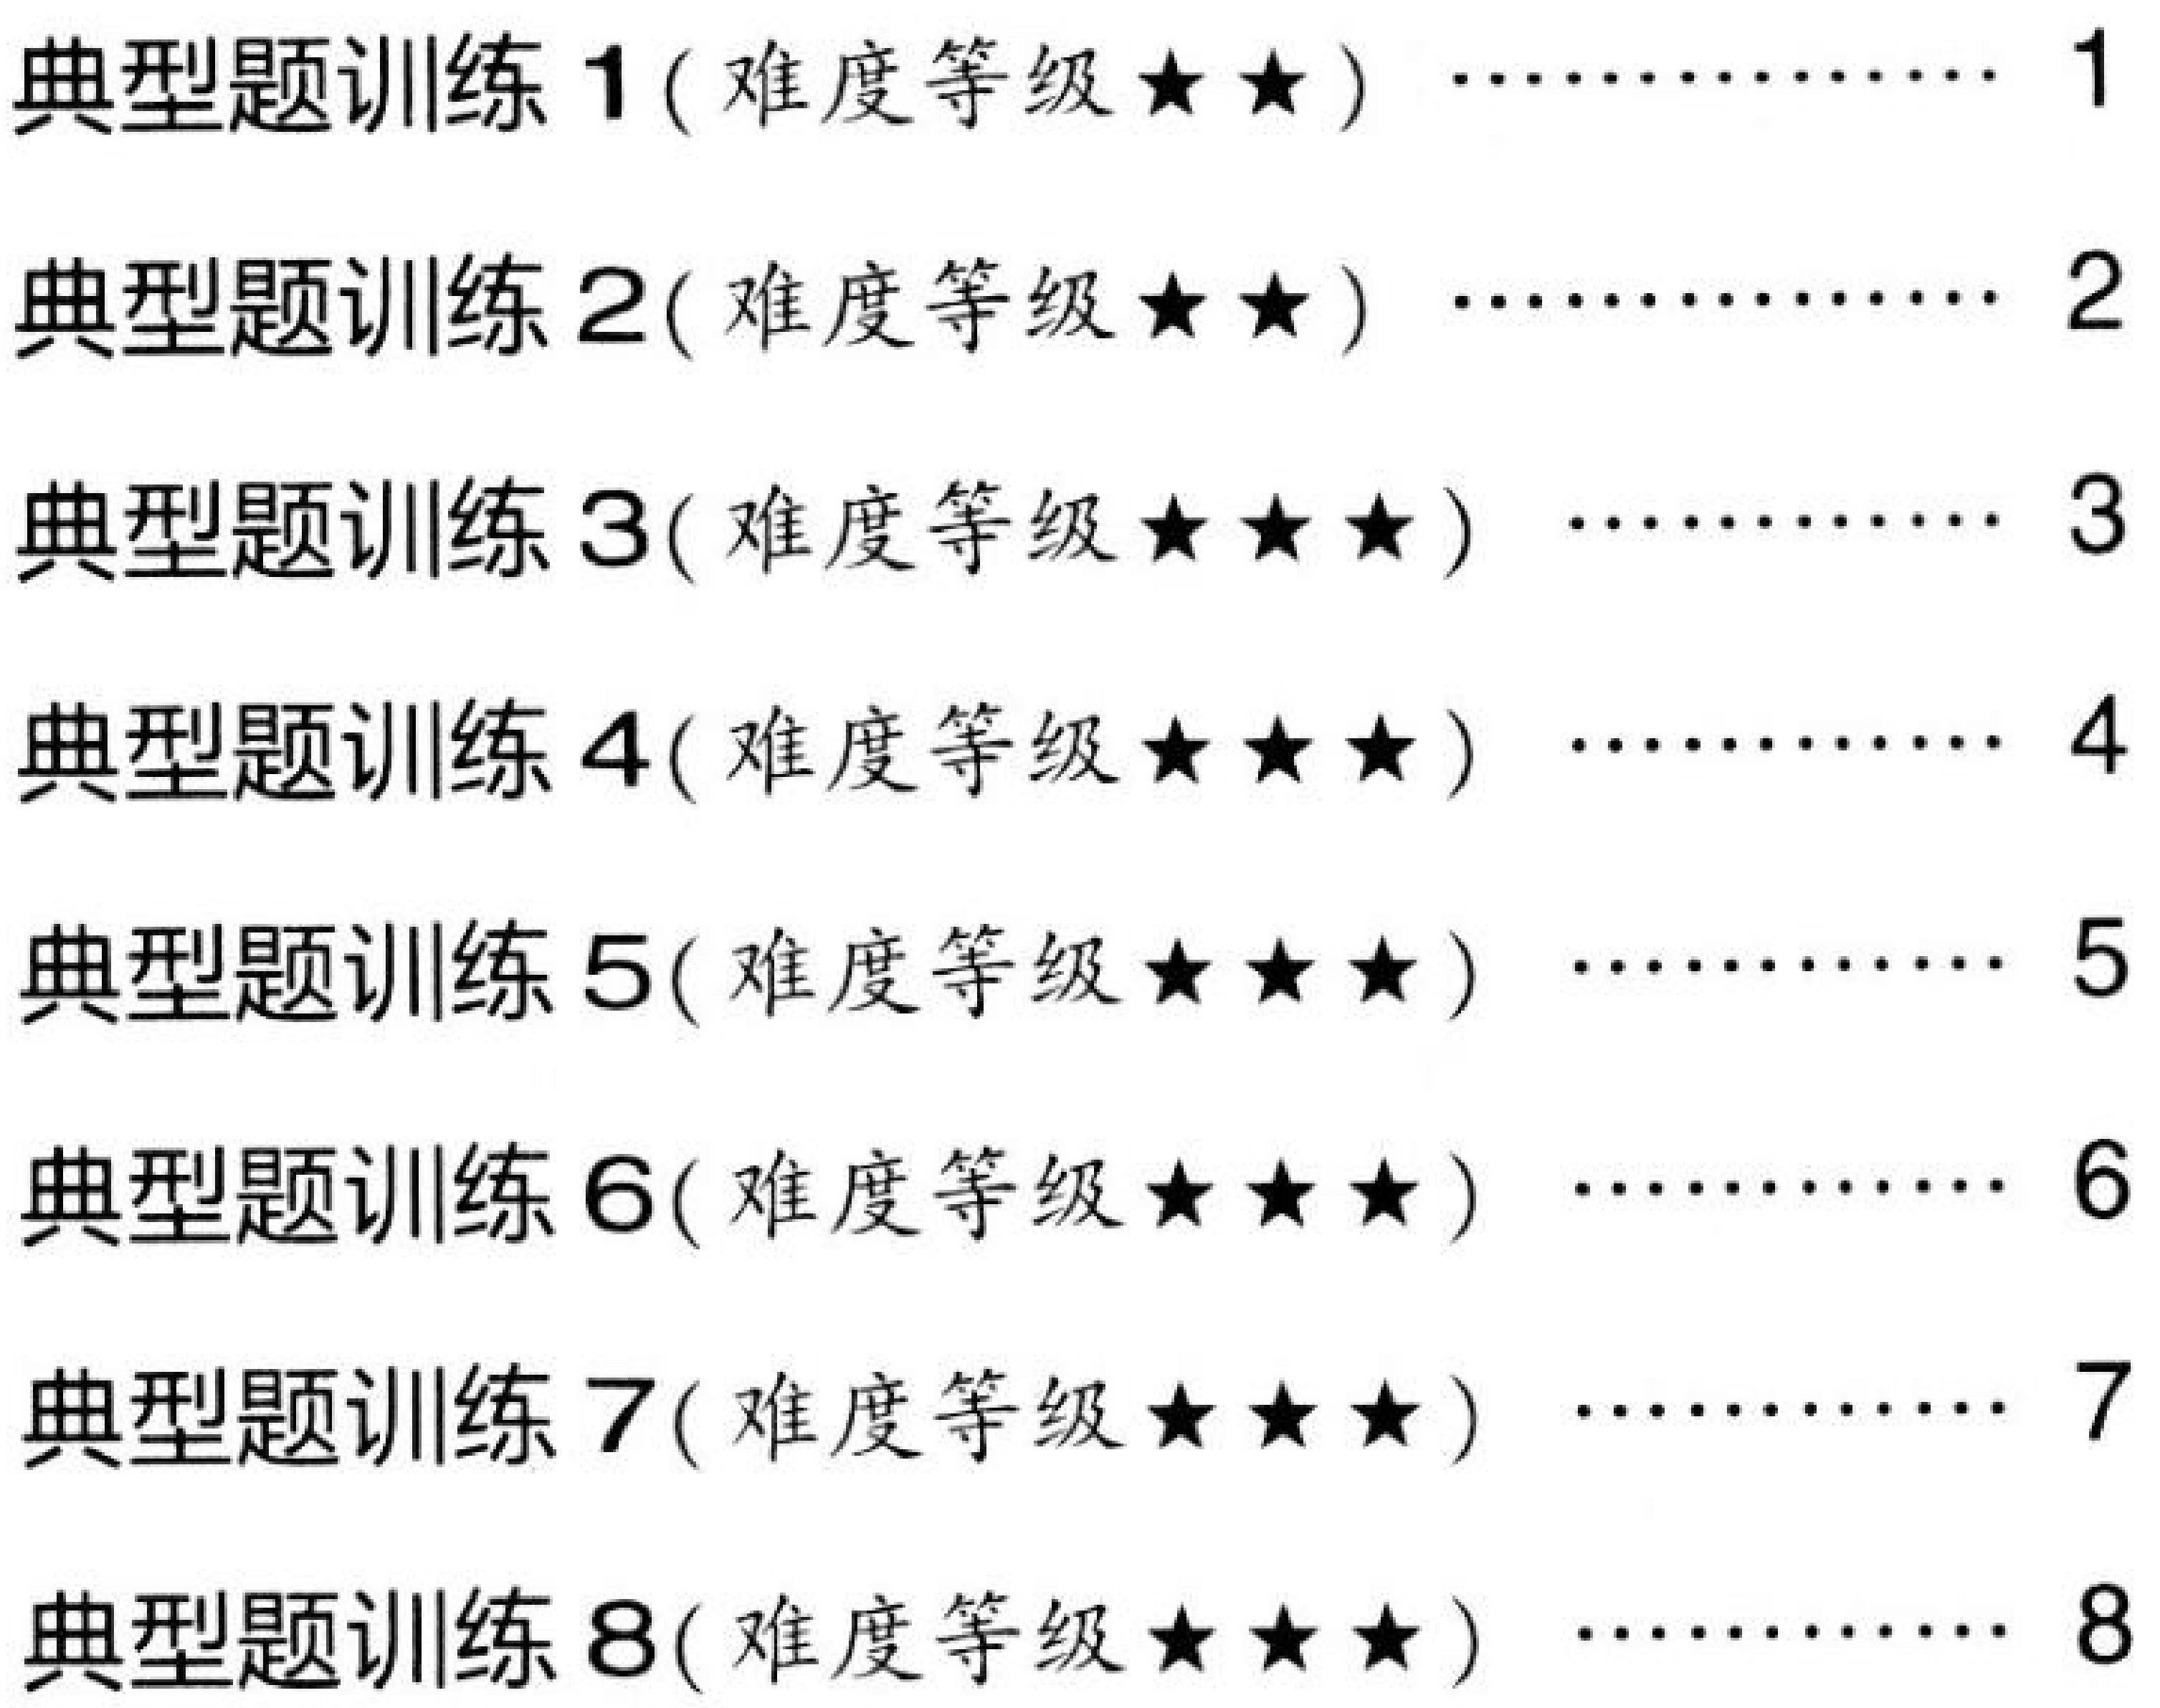
典型题训练 1(难度等级$\star\star$) $\cdots\cdots\cdots\cdots$ 1\\
典型题训练 2(难度等级$\star\star$) $\cdots\cdots\cdots\cdots$ 2\\
典型题训练 3(难度等级$\star\star\star$) $\cdots\cdots\cdots\cdots$ 3\\
典型题训练 4(难度等级$\star\star\star$) $\cdots\cdots\cdots\cdots$ 4\\
典型题训练 5(难度等级$\star\star\star$) $\cdots\cdots\cdots\cdots$ 5\\
典型题训练 6(难度等级$\star\star\star$) $\cdots\cdots\cdots\cdots$ 6\\
典型题训练 7(难度等级$\star\star\star$) $\cdots\cdots\cdots\cdots$ 7\\
典型题训练 8(难度等级$\star\star\star$) $\cdots\cdots\cdots\cdots$ 8